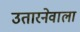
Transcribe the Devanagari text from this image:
उतारनेवाला